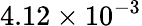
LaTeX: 4.12\times 10^{-3}